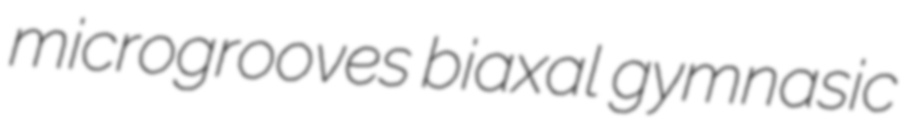
microgrooves biaxal gymnasic